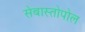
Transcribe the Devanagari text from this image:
सेबास्तोपोल